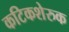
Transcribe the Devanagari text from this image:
कटिकशेरुक